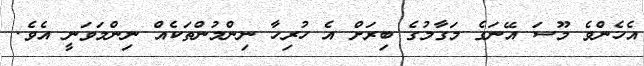
އެހެންވެ މޫސަ އޭނަގެ މަގާމުގެ ބިރަށް އެ ހުރިހާ ނިންމުންތަކެއް ނިންމަވަނީ އެވެ.